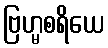
ဗြဟ္မစရိယေ